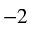
^ { - 2 }